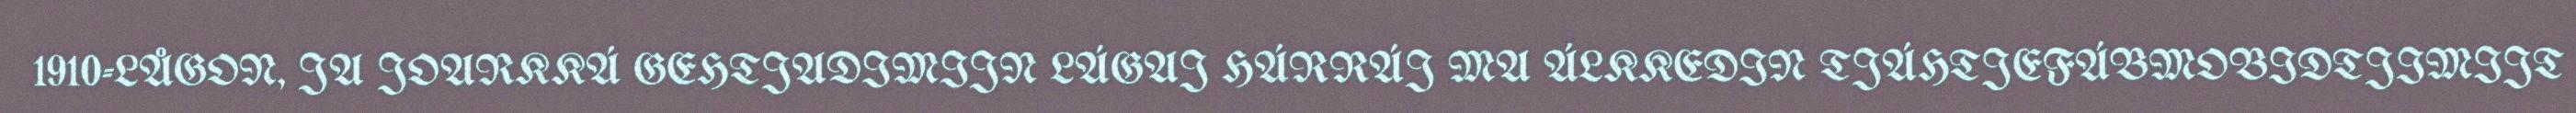
1910-LÅGON, JA JOARKKÁ GEHTJADIMIJN LÁGAJ HÁRRÁJ MA ÁLKKEDIN TJÁHTJEFÁBMOBIDTJIMIJT